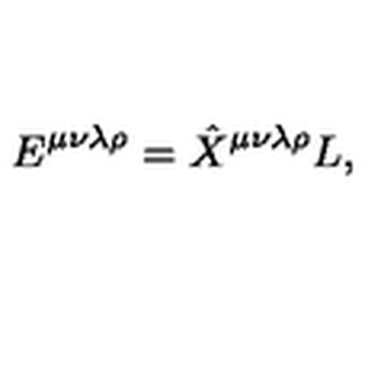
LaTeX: E ^ { \mu \nu \lambda \rho } = \hat { X } ^ { \mu \nu \lambda \rho } L ,